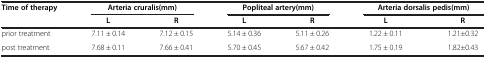
<table><thead><tr><td><b>Time of therapy</b></td><td colspan="2"><b>Arteria cruralis(mm)</b></td><td colspan="2"><b>Popliteal artery(mm)</b></td><td colspan="2"><b>Arteria dorsalis pedis(mm)</b></td></tr><tr><td><b> </b></td><td><b>L</b></td><td><b>R</b></td><td><b>L</b></td><td><b>R</b></td><td><b>L</b></td><td><b>R</b></td></tr></thead><tbody><tr><td>prior treatment</td><td>7.11 ± 0.14</td><td>7.12 ± 0.15</td><td>5.14 ± 0.36</td><td>5.11 ± 0.26</td><td>1.22 ± 0.11</td><td>1.21±0.32</td></tr><tr><td>post treatment</td><td>7.68 ± 0.11</td><td>7.66 ± 0.41</td><td>5.70 ± 0.45</td><td>5.67 ± 0.42</td><td>1.75 ± 0.19</td><td>1.82±0.43</td></tr></tbody></table>